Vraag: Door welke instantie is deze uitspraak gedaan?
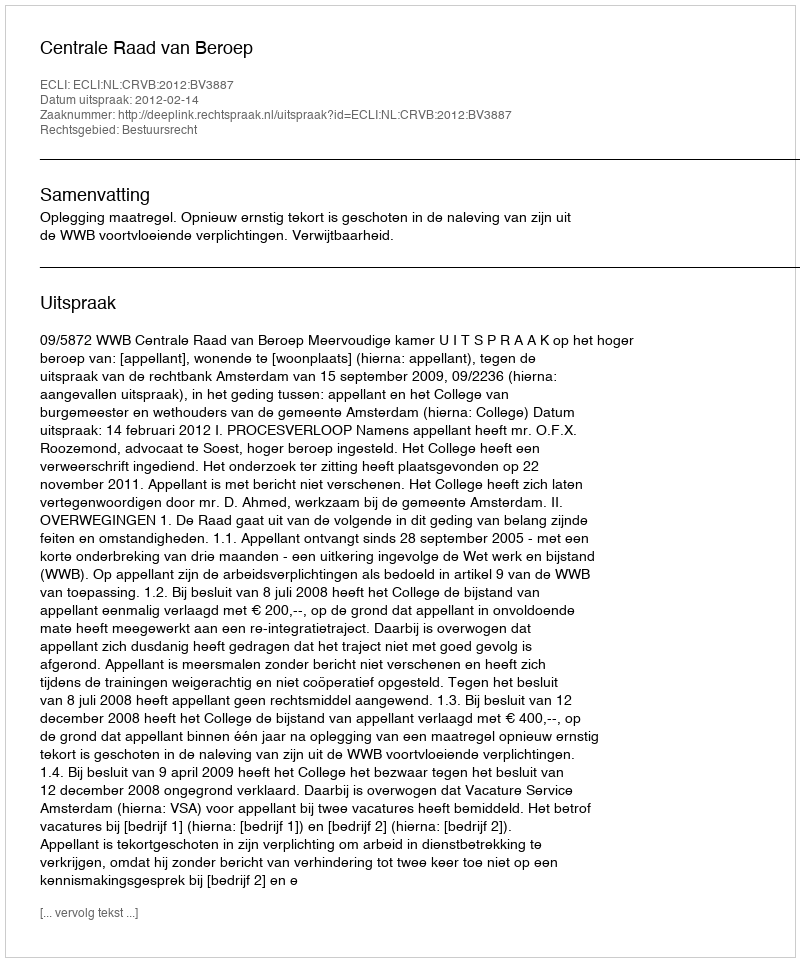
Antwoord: Centrale Raad van Beroep